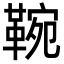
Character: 䩩